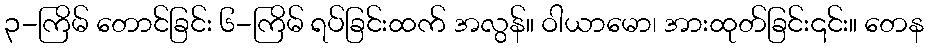
၃-ကြိမ် တောင်ခြင်း ၆-ကြိမ် ရပ်ခြင်းထက် အလွန်။ ဝါယာမော၊ အားထုတ်ခြင်း၎င်း။ တေန